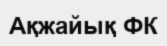
Ақжайық ФК